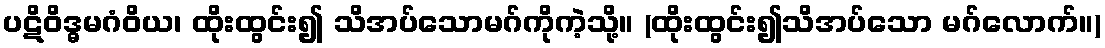
ပဋိဝိဒ္ဓမဂံဝိယ၊ ထိုးထွင်း၍ သိအပ်သောမဂ်ကိုကဲ့သို့။ (ထိုးထွင်း၍သိအပ်သော မဂ်လောက်။)